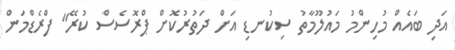
އަދި ބައެއް މުހިންމު މައުލޫމާތު ސިކުނޑި އަށް ދަތުރުކޮށް ޕްރޮސެސް ކުރޭ" ފްރެޑްމަން